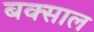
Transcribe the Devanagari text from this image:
बक्साल